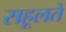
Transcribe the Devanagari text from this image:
सहूलतें